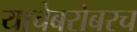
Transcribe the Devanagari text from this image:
याचेबरोबरच